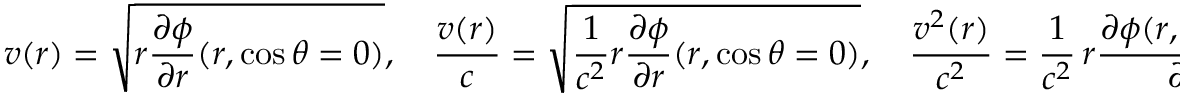
v ( r ) = \sqrt { r \frac { \partial \phi } { \partial r } ( r , \cos \theta = 0 ) } , \quad \frac { v ( r ) } { c } = \sqrt { \frac { 1 } { c ^ { 2 } } r \frac { \partial \phi } { \partial r } ( r , \cos \theta = 0 ) } , \quad \frac { v ^ { 2 } ( r ) } { c ^ { 2 } } = \frac { 1 } { c ^ { 2 } } \, r \frac { \partial \phi ( r , \cos \theta ) } { \partial r } _ { | _ { \cos \theta = 0 } } ,